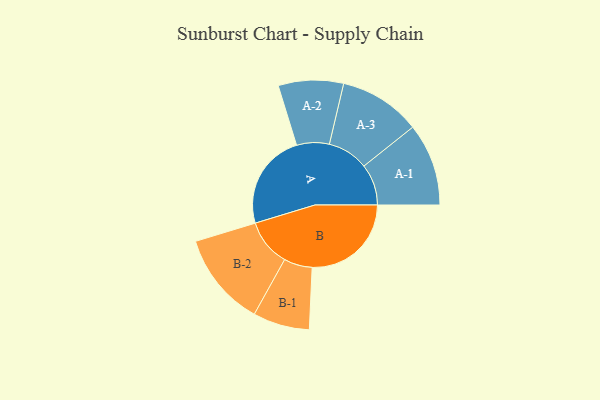
{"axis": {"x": "Segment", "y": "Value"}, "legend": ["", "A", "B"], "data": [{"x": "A", "y": 475, "type": ""}, {"x": "B", "y": 490, "type": ""}, {"x": "A-1", "y": 204, "type": "A"}, {"x": "A-2", "y": 161, "type": "A"}, {"x": "A-3", "y": 202, "type": "A"}, {"x": "B-1", "y": 140, "type": "B"}, {"x": "B-2", "y": 233, "type": "B"}]}